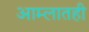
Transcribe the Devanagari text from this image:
आम्लातही